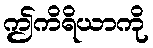
ဤကိရိယာကို